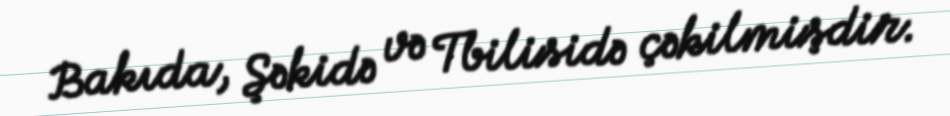
Bakıda, Şəkidə və Tbilisidə çəkilmişdir.